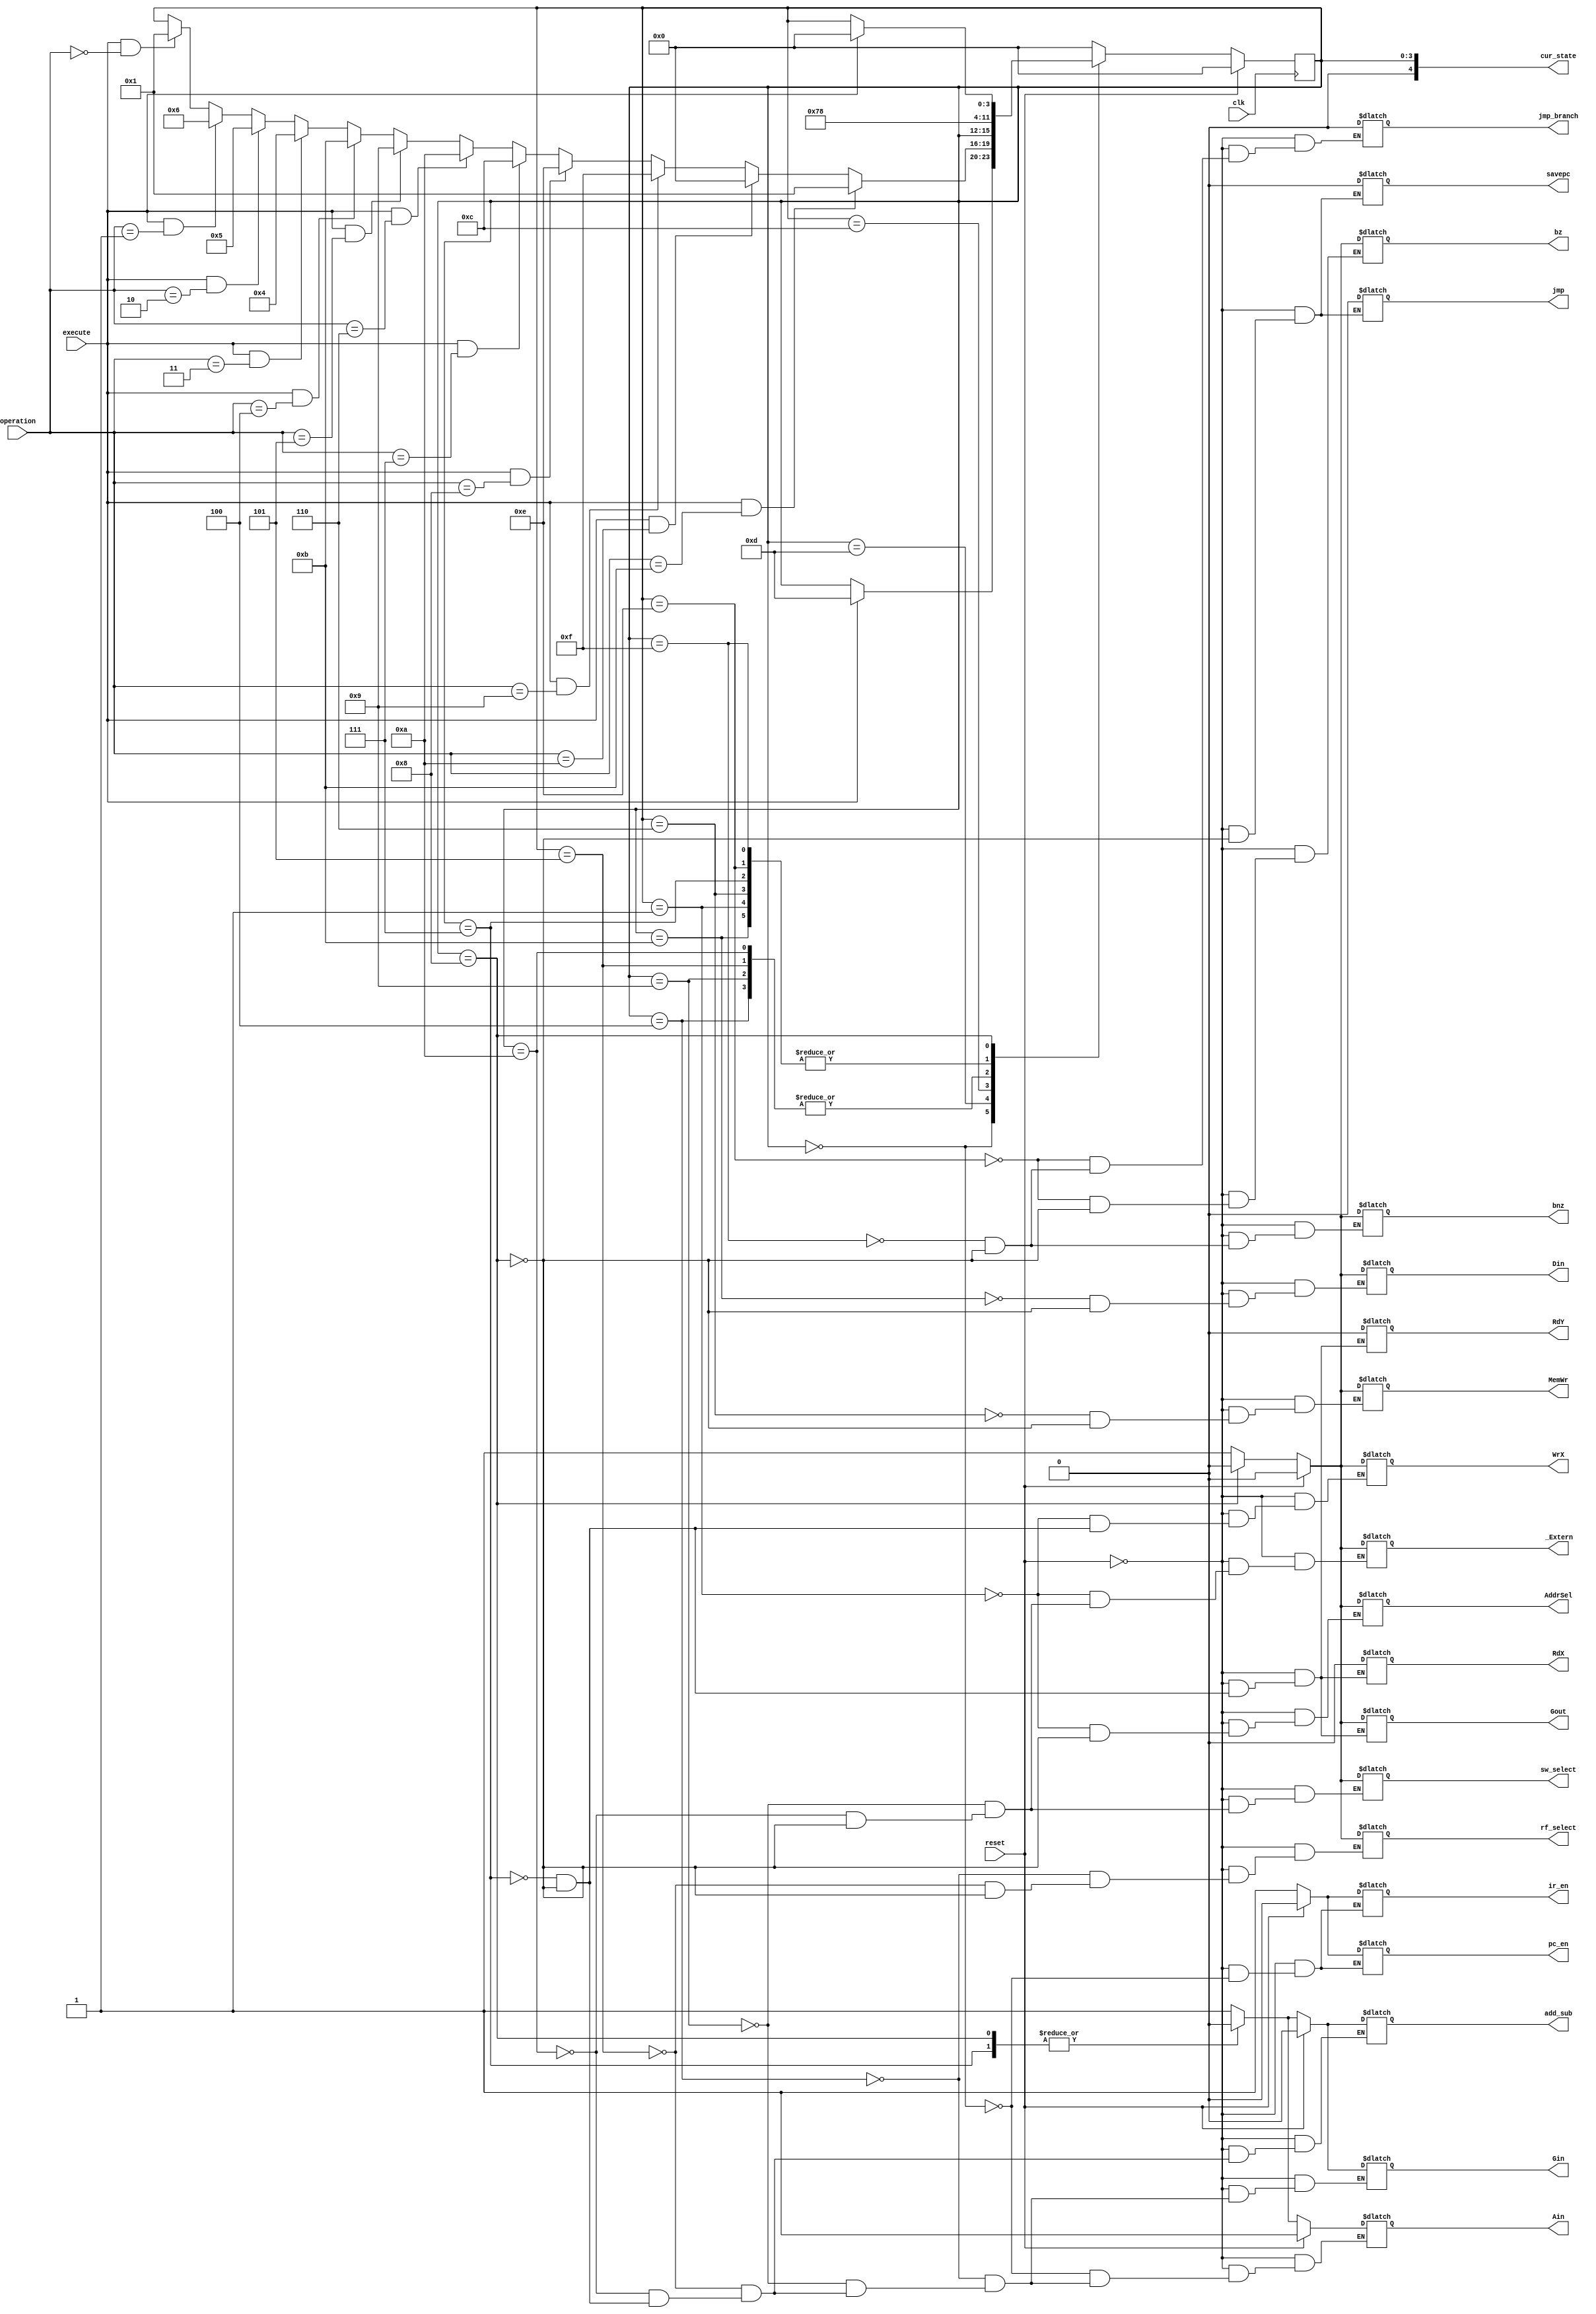
module L5_SM(input clk,
			 input execute,
			 input [3:0] operation, //changed
			 input reset,
			 output reg _Extern,
			 output reg Gout,
			 output reg Ain,
			 output reg Gin,
			 output reg Din,
			 output reg RdX, //wont be connected anymore
			 output reg RdY, //wont be connected anymore 
			 output reg WrX,
			 output reg add_sub,
			 output reg rf_select,
			 output reg sw_select,
			 output reg pc_en,
			 output reg ir_en,
			 output reg MemWr,   
			 output reg AddrSel, 
			 //new for L5
			 output reg bz,
			 output reg bnz,
			 output reg jmp,
			 output reg jmp_branch,   
			 output reg savepc,
			 //
			 output [4:0] cur_state);
			
	//defining all my states - 8 total
	parameter FETCH 	=  0;
	parameter LOAD 		=  1;
	parameter READ_Y 	=  2;
	parameter READ_X 	=  3;
	parameter ADD 		=  4;
	parameter SUB 		=  5;	
	parameter STORE 	=  6;
	parameter WRITE_X 	=  7;
	parameter DONE 		=  8;
	parameter ADDI 	    =  9;
    parameter SUBI      =  10;
    parameter DISP      =  11;
    parameter HALT      =  12;
    parameter DECODE    =  13;
    
    //new
    parameter BZ 	    =  14; //e
    parameter BNZ       =  15; //f
    parameter JUMP      =  16; //10
    parameter SAVEPC    =  17; //11
	
	reg [3:0] state = FETCH;
	reg [3:0] next_state;
	 
	assign cur_state = state;
		 
	always@(posedge clk)
	begin
		state <= next_state;
    end
    
	always@(*)
	begin
		if(reset)
		begin
		  //set all to zero
		  _Extern = 0;
          Gout = 0;
          Ain = 1;
          Gin = 0;
          RdX = 0;
          RdY = 0;
          WrX=0;
          add_sub = 0;
          rf_select = 0;
          sw_select = 0;
          Din = 0;
          pc_en = 0;
          ir_en = 0;
          MemWr = 0;
          AddrSel = 0;
          savepc = 0;
          jmp_branch = 0;
          bz = 0;
          bnz = 0;
          jmp = 0;
          next_state = FETCH;
		end
		
		else
		begin
	        next_state = state;
                                
            case(state)
                FETCH: begin  
                        ir_en = 1;
                        pc_en = 1;
                        Ain=1;          
                        if(execute==1)
                            next_state = DECODE;
                      end
                      
                DECODE : begin          
                            //should probably make a case statement
                            if(execute == 1 && operation == 0) next_state = LOAD;   //entry to load
                            if(execute == 1 && operation == 1) next_state = STORE;  //entry to store
                            if(execute == 1 && operation == 2) next_state = SUB; //entry to sub
                            if(execute == 1 && operation == 3) next_state = ADD; //entry to add
                            if(execute == 1 && operation == 4) next_state = DISP;
                            if(execute == 1 && operation == 5) next_state = ADDI; //entry to addi (x=x+i, need to read x first now)
                            if(execute == 1 && operation == 6) next_state = SUBI; //entry to subi
                            if(execute == 1 && operation == 7) next_state = HALT;
                            //new
                            if(execute == 1 && operation == 8) next_state = BZ;   
                            if(execute == 1 && operation == 9) next_state = BNZ; 
                            if(execute == 1 && operation == 10) next_state = JUMP;
                            if(execute == 1 && operation == 11) next_state = SAVEPC;
                         end   
                            
                HALT: begin
                          if (reset==1) next_state = FETCH;
                      end
                
                DISP: begin
                        Din = 1;
                        next_state = DONE;
                      end
                      
                LOAD: begin
                        _Extern = 1;
                        WrX = 1;
                        AddrSel = 1;
                        next_state = DONE;
                      end
                      
//                READ_Y: begin
//                            RdY = 1;
//                            Ain = 1;
//                            if(operation == 3) next_state = ADD;
//                        end
                        
//                READ_X: begin
//                            RdX = 1;
//                            Ain = 1;
//                            if(operation == 2) next_state = SUB;
//                            if(operation == 6) next_state = SUBI;
//                            if(operation == 5) next_state = ADDI;
//                        end
                        
                ADD: begin
                         Ain = 1;
                         rf_select = 1;
                         Gin = 1;
//                         RdY=1;
                         next_state = WRITE_X;
                     end
                
                ADDI: begin
                         sw_select = 1;
                         Gin = 1;
                         Ain=1;
                         _Extern=1;
//                         WrX=1;
                         next_state = WRITE_X;
                      end
                     
                SUB: begin
                        Ain = 1;
                        add_sub = 1;
                        rf_select = 1;
                        Gin = 1;
//                         RdY=1;
                        next_state = WRITE_X;
                     end
                     
                SUBI: begin
                         Ain = 1;
                         add_sub = 1;
                         sw_select = 1;
                         Gin = 1;
                         _Extern=1;
//                         WrX=1;
                         next_state = WRITE_X;
                      end
                      
                STORE: begin
                        MemWr = 1;
                        next_state = DONE;
                       end
                    
                WRITE_X: begin
                            add_sub = 0;
                            RdX = 0;
                            RdY = 0;
                            Ain = 0;
                            Gin = 0;
                            Gout = 1;
                            WrX = 1;
                            next_state = DONE;
                         end
                     
                //new states defined for lab 5         
                BZ: begin
                            bz=1;
                            jmp_branch=0;
                            next_state = DONE;
                         end
                BNZ: begin
                            bnz=1;
                            jmp_branch=0;
                            next_state = DONE;
                         end

                JUMP: begin
                            jmp=1;
                            jmp_branch=1;
                            next_state = DONE;
                         end
                         
                SAVEPC: begin
                            savepc=1;
                            WrX = 1;
                            next_state = DONE;
                         end
                
                         
                
                DONE: begin
                        _Extern = 0;
                        WrX = 0;
                        Gout = 0;
                        RdY = 0;
                        RdX = 0;
                        Ain = 0;
                        Gin = 0;
                        add_sub = 0;
                        rf_select = 0;
                        sw_select = 0;
                        Din = 0;
                        AddrSel = 0;
                        MemWr = 0;
                        AddrSel = 0;
                        savepc = 0;
                        jmp_branch = 0;
                        bz = 0;
                        bnz = 0;
                        jmp = 0;                        
                        if(execute == 1) 
                            next_state = FETCH;
                      end
                      
                default: next_state = FETCH;
            endcase
	   end 			
	end	 
endmodule

/*
0000 - load
0001 - store //new
0010 - subtract
0011 - add
0100 - display
0101 - addi
0110 - subi
0111 - halt
1000 - bz
1001 - bnz
1010 - jump
1011 - savepc
*/